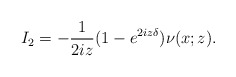
\begin{align*}I_2=-\frac{1}{2iz}(1-e^{2iz\delta}) \nu(x ; z) .\end{align*}